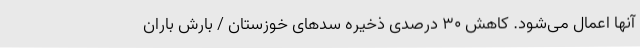
آنها اعمال می‌شود. کاهش 30 درصدی ذخیره سدهای خوزستان / بارش باران